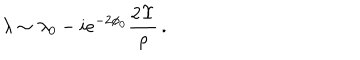
LaTeX: \lambda \sim \lambda _ { 0 } - i e ^ { - 2 \phi _ { 0 } } \frac { 2 \Upsilon } { \rho } \, .